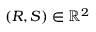
( R , S ) \in \mathbb { R } ^ { 2 }